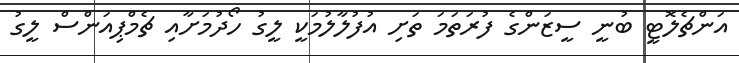
އަންޗެލޮޓީ ބުނީ ސީޒަންގެ ފުރަތަމަ ތަށި އުފުލާލުމަކީ ލީގު ހޯދުމަށާއި ޗެމްޕިއަންސް ލީގު